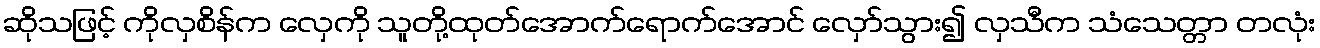
ဆိုသဖြင့် ကိုလှစိန်က လှေကို သူတို့ထုတ်အောက်ရောက်အောင် လှော်သွား၍ လှသီက သံသေတ္တာ တလုံး